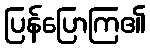
ပြန်ပြောကြ၏